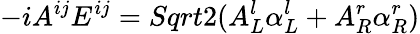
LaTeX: -iA^{ij}E^{ij}=Sqrt{2}(A_{L}^{l}\alpha_{L}^{l}+A_{R}^{r}\alpha_{R}^{r})